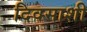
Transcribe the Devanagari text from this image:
दिवसाशी